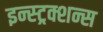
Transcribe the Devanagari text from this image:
इन्स्ट्रक्शन्स